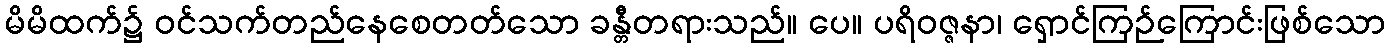
မိမိထက်၌ ဝင်သက်တည်နေစေတတ်သော ခန္တီတရားသည်။ ပေ။ ပရိဝဇ္ဇနာ၊ ရှောင်ကြဉ်ကြောင်းဖြစ်သော